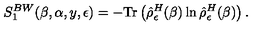
S _ { 1 } ^ { B W } ( \beta , \alpha , y , \epsilon ) = - \mathrm { T r } \left( \hat { \rho } _ { \epsilon } ^ { H } ( \beta ) \ln \hat { \rho } _ { \epsilon } ^ { H } ( \beta ) \right) .